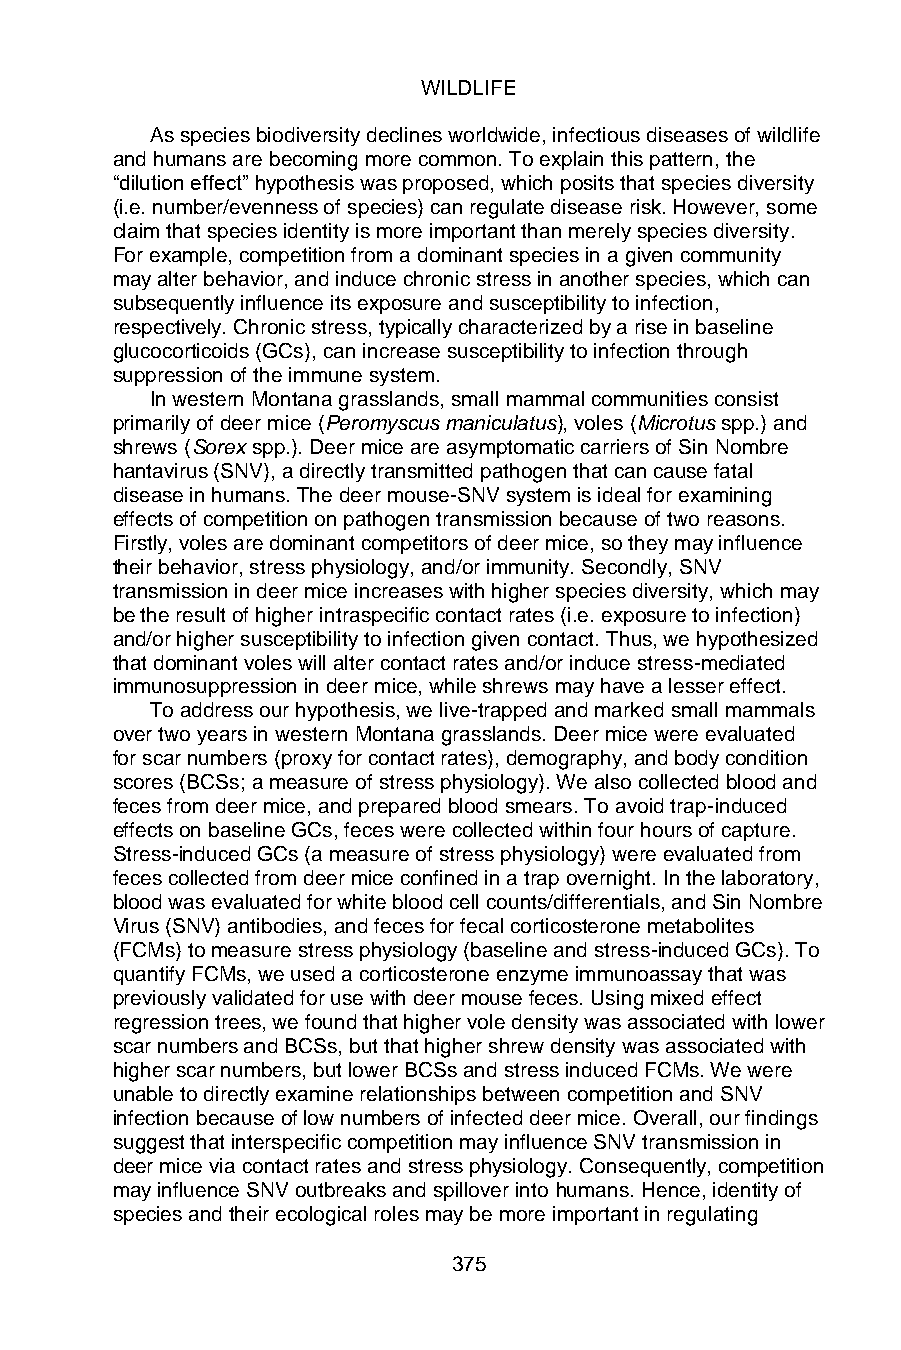
WILDLIFE
 As species biodiversity declines worldwide, infectious diseases of wildlife
 and humans are becoming more common. To explain this pattern, the
 “dilution effect” hypothesis was proposed, which posits that species diversity
 (i.e. number/evenness of species) can regulate disease risk. However, some
 claim that species identity is more important than merely species diversity.
 For example, competition from a dominant species in a given community
 may alter behavior, and induce chronic stress in another species, which can
 subsequently influence its exposure and susceptibility to infection,
 respectively. Chronic stress, typically characterized by a rise in baseline
 glucocorticoids (GCs), can increase susceptibility to infection through
 suppression of the immune system.
 In western Montana grasslands, small mammal communities consist
 primarily of deer mice (Peromyscus maniculatus), voles (Microtus spp.) and
 shrews (Sorex spp.). Deer mice are asymptomatic carriers of Sin Nombre
 hantavirus (SNV), a directly transmitted pathogen that can cause fatal
 disease in humans. The deer mouse-SNV system is ideal for examining
 effects of competition on pathogen transmission because of two reasons.
 Firstly, voles are dominant competitors of deer mice, so they may influence
 their behavior, stress physiology, and/or immunity. Secondly, SNV
 transmission in deer mice increases with higher species diversity, which may
 be the result of higher intraspecific contact rates (i.e. exposure to infection)
 and/or higher susceptibility to infection given contact. Thus, we hypothesized
 that dominant voles will alter contact rates and/or induce stress-mediated
 immunosuppression in deer mice, while shrews may have a lesser effect.
 To address our hypothesis, we live-trapped and marked small mammals
 over two years in western Montana grasslands. Deer mice were evaluated
 for scar numbers (proxy for contact rates), demography, and body condition
 scores (BCSs; a measure of stress physiology). We also collected blood and
 feces from deer mice, and prepared blood smears. To avoid trap-induced
 effects on baseline GCs, feces were collected within four hours of capture.
 Stress-induced GCs (a measure of stress physiology) were evaluated from
 feces collected from deer mice confined in a trap overnight. In the laboratory,
 blood was evaluated for white blood cell counts/differentials, and Sin Nombre
 Virus (SNV) antibodies, and feces for fecal corticosterone metabolites
 (FCMs) to measure stress physiology (baseline and stress-induced GCs). To
 quantify FCMs, we used a corticosterone enzyme immunoassay that was
 previously validated for use with deer mouse feces. Using mixed effect
 regression trees, we found that higher vole density was associated with lower
 scar numbers and BCSs, but that higher shrew density was associated with
 higher scar numbers, but lower BCSs and stress induced FCMs. We were
 unable to directly examine relationships between competition and SNV
 infection because of low numbers of infected deer mice. Overall, our findings
 suggest that interspecific competition may influence SNV transmission in
 deer mice via contact rates and stress physiology. Consequently, competition
 may influence SNV outbreaks and spillover into humans. Hence, identity of
 species and their ecological roles may be more important in regulating
 375